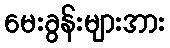
မေးခွန်းများအား